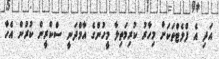
އަދި އެ ފްލެޓްތަކަށް މިހާރު ކުރިމަތިލާ މީހުންގެ އާމްދަނީ ސްކްރީން ކުރުން އެހާ